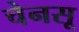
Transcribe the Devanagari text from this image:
चेनसू